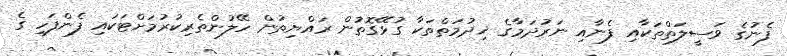
ފެނުގެ ވަސީލަތްތަކާއި ފެނާއި ނަރުދަމާގެ ޚިދުމަތްތަކާ ގުޅޭގޮތުން ރައްޔިތުން ހޭލުންތެރިކުރުމަށްޓަކައި ފެންފަހި ގެ